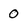
Character: 0